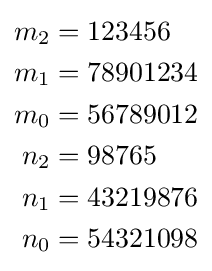
{\begin{aligned}m_{2}&{}=123456\\m_{1}&{}=78901234\\m_{0}&{}=56789012\\n_{2}&{}=98765\\n_{1}&{}=43219876\\n_{0}&{}=54321098\end{aligned}}